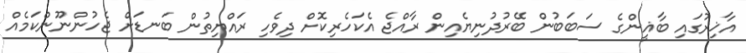
އާޚިރުގައި ބާޣީންގެ ސަބަބުން ބޭރުދުނިޔެއިން ރާއްޖެ އެކަހެރިކޮށް ދިވެހި ރައްޔިތުން ބަނޑަށް ޖެހުންނޫންކަމެއް